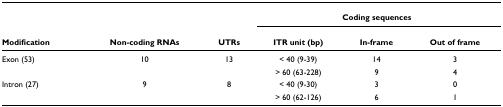
|  |  |  | <COLSPAN=3> Coding sequences |
 | Modification | Non-coding RNAs | UTRs | ITR unit (bp) | In-frame | Out of frame |
 | --- | --- | --- | --- | --- | --- |
 | Exon (53) | 10 | 13 | < 40 (9-39) | 14 | 3 |
 |  |  |  | > 60 (63-228) | 9 | 4 |
 | Intron (27) | 9 | 8 | < 40 (9-30) | 3 | 0 |
 |  |  |  | > 60 (62-126) | 6 | 1 |